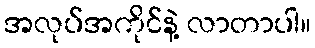
အလုပ်အကိုင်နဲ့ လာတာပါ။